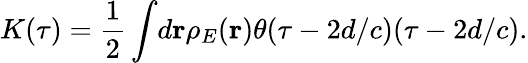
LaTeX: K(\tau)=\frac{1}{2}\int\! d\mathbf{r}\rho_{E}(\mathbf{r})\theta(\tau-2d/c)(\tau-2d/c).